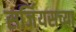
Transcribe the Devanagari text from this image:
सर्जियसच्या